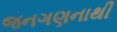
જનગણનાથી